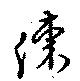
涷